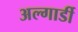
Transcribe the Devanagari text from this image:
अल्गार्डी